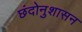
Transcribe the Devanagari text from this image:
छंदोनुशासन